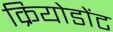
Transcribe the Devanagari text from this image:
क्रियोडोंट